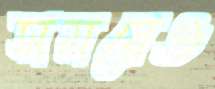
সময়েও